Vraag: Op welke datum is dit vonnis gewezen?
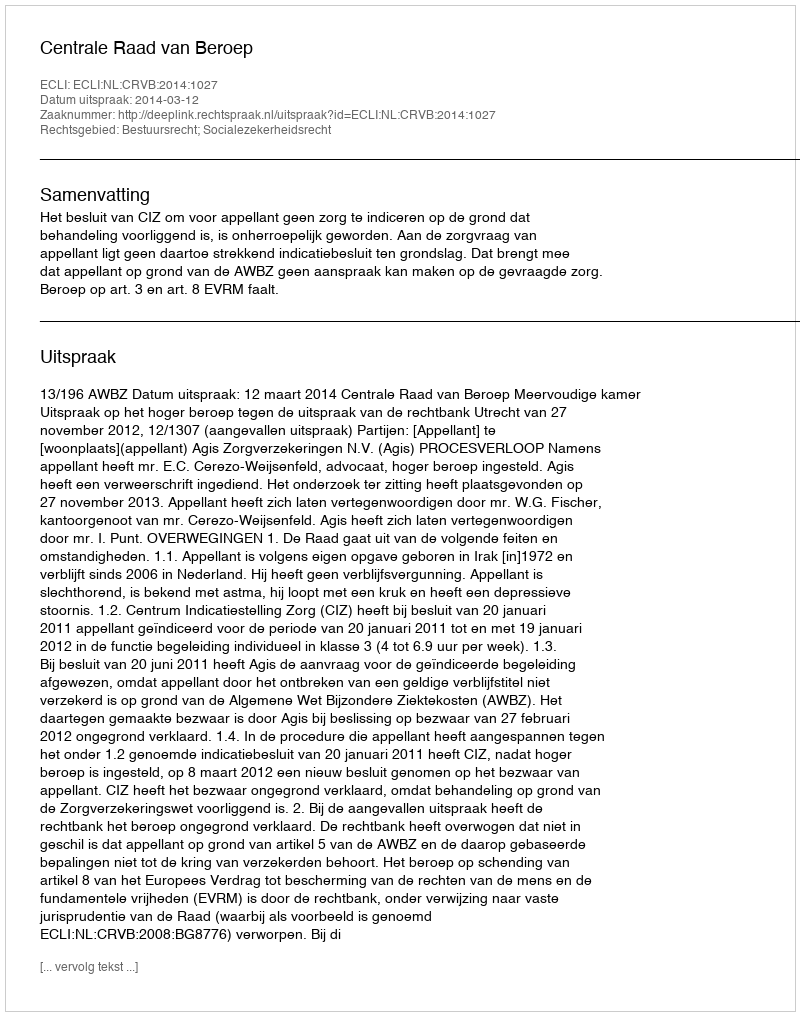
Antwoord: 2014-03-12